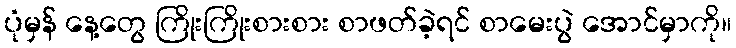
ပုံမှန် နေ့တွေ ကြိုးကြိုးစားစား စာဖတ်ခဲ့ရင် စာမေးပွဲ အောင်မှာကို။